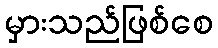
မှားသည်ဖြစ်စေ